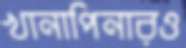
খানাপিনারও